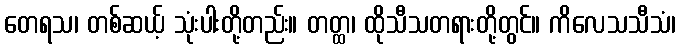
တေရသ၊ တစ်ဆယ့် သုံးပါးတို့တည်း။ တတ္ထ၊ ထိုသီသတရားတို့တွင်။ ကိလေသသီသံ၊